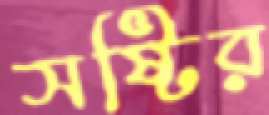
সষ্টির